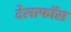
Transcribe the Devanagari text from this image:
देलाफॉस